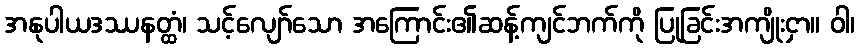
အနုပါယဒဿနတ္ထံ၊ သင့်လျော်သော အကြောင်း၏ဆန့်ကျင်ဘက်ကို ပြုခြင်းအကျိုးငှာ။ ဝါ၊